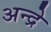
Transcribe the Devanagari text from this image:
अन्द्रे